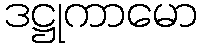
ဒဋ္ဌုကာမော